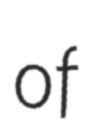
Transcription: of